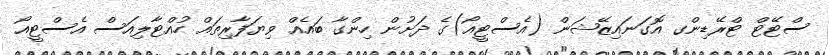
ސްޓޭޓް ޓްރޭޑިންގ އޮގަނައިޒޭޝަން (އެސްޓީއޯ)ގެ ދަށުން ހިންގާ ބައެއް ވިޔަފާރިތައް ހުއްޓާލިއަސް އެސްޓީއޯ